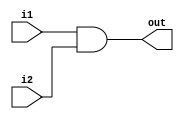
module AND (
    i1,
    i2,
    out
);

output out;
input i1, i2;

assign out = i1 & i2;

endmodule